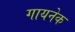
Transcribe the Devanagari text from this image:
गायनेक